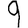
Digit: 9